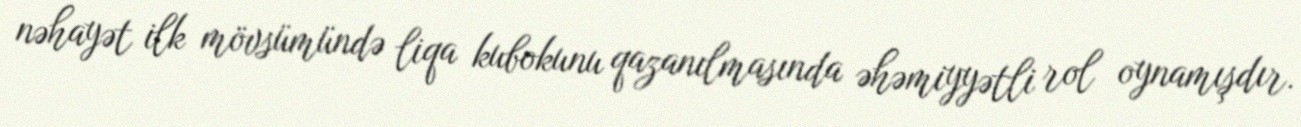
nəhayət ilk mövsümündə liqa kubokunu qazanılmasında əhəmiyyətli rol oynamışdır.